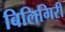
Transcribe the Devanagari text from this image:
बिलिगिरी